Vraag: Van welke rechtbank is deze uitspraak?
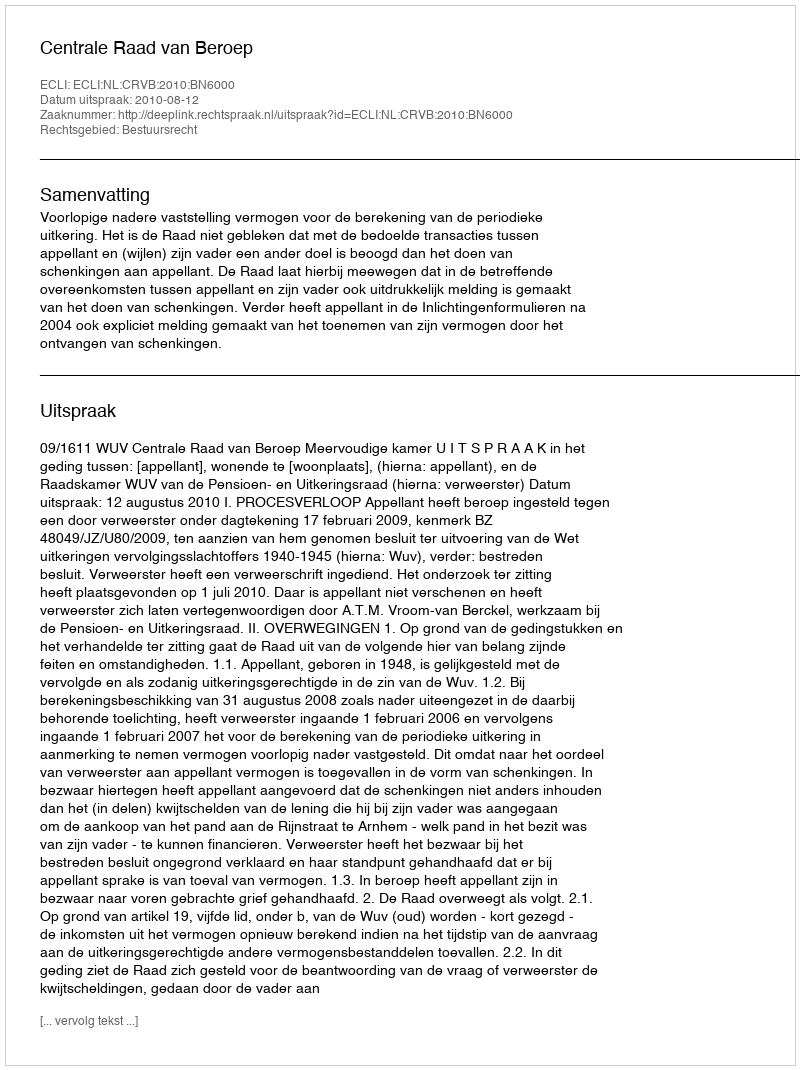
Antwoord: Centrale Raad van Beroep